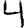
Digit: 4